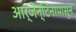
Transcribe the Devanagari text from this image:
आर्जेन्टिनापासून